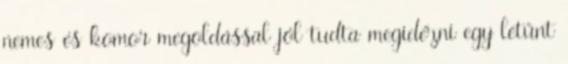
nemes és komor megoldással jól tudta megidézni egy letűnt